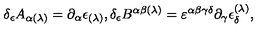
\delta _ { \epsilon } A _ { \alpha ( \lambda ) } = \partial _ { \alpha } \epsilon _ { ( \lambda ) } , \delta _ { \epsilon } B ^ { \alpha \beta ( \lambda ) } = \varepsilon ^ { \alpha \beta \gamma \delta } \partial _ { \gamma } \epsilon _ { \delta } ^ { ( \lambda ) } ,